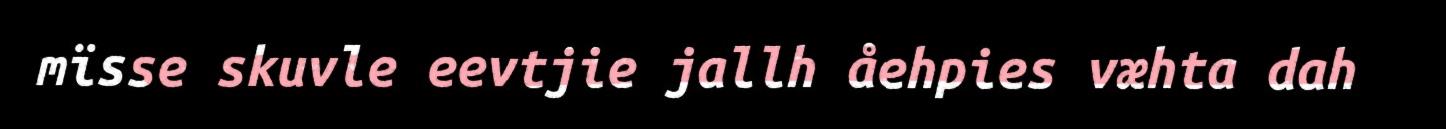
mïsse skuvle eevtjie jallh åehpies væhta dah